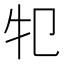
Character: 𤘕